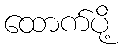
ထောက်ပို့